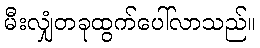
မီးလျှံတခုထွက်ပေါ်လာသည်။